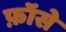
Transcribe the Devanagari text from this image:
फ़ॉसे